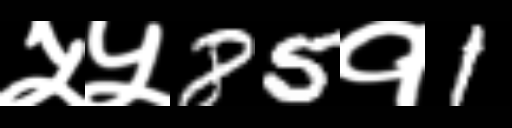
Text: ५५85१1